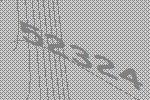
52324